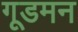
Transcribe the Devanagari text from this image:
गूडमन